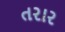
તરાર